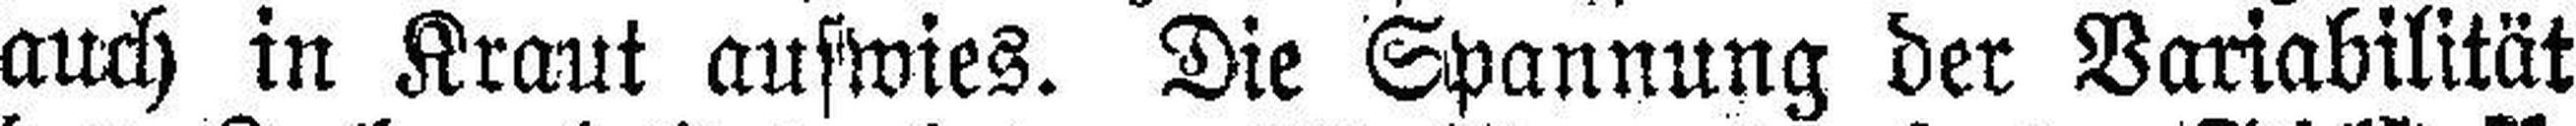
auch in Kraut aufwies. Die Spannung der Variabilität